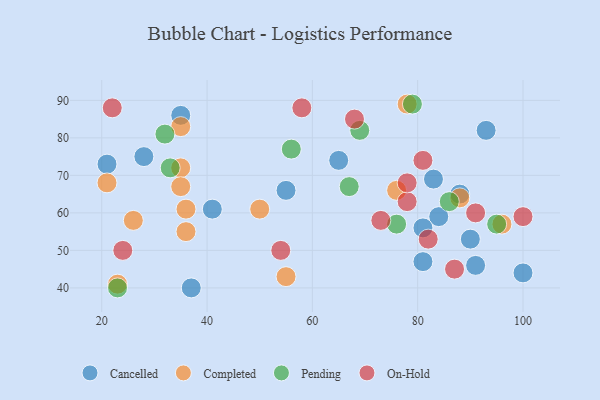
{"axis": {"x": "GDP", "y": "Life Expectancy"}, "legend": ["Cancelled", "Completed", "On-Hold", "Pending"], "data": [{"x": "41", "y": 61, "type": "Cancelled"}, {"x": "100", "y": 44, "type": "Cancelled"}, {"x": "83", "y": 69, "type": "Cancelled"}, {"x": "37", "y": 40, "type": "Cancelled"}, {"x": "55", "y": 66, "type": "Cancelled"}, {"x": "35", "y": 86, "type": "Cancelled"}, {"x": "84", "y": 59, "type": "Cancelled"}, {"x": "93", "y": 82, "type": "Cancelled"}, {"x": "28", "y": 75, "type": "Cancelled"}, {"x": "88", "y": 65, "type": "Cancelled"}, {"x": "81", "y": 56, "type": "Cancelled"}, {"x": "90", "y": 53, "type": "Cancelled"}, {"x": "21", "y": 73, "type": "Cancelled"}, {"x": "91", "y": 46, "type": "Cancelled"}, {"x": "81", "y": 47, "type": "Cancelled"}, {"x": "65", "y": 74, "type": "Cancelled"}, {"x": "21", "y": 68, "type": "Completed"}, {"x": "76", "y": 66, "type": "Completed"}, {"x": "96", "y": 57, "type": "Completed"}, {"x": "55", "y": 43, "type": "Completed"}, {"x": "50", "y": 61, "type": "Completed"}, {"x": "35", "y": 72, "type": "Completed"}, {"x": "36", "y": 61, "type": "Completed"}, {"x": "36", "y": 55, "type": "Completed"}, {"x": "78", "y": 89, "type": "Completed"}, {"x": "35", "y": 67, "type": "Completed"}, {"x": "26", "y": 58, "type": "Completed"}, {"x": "88", "y": 64, "type": "Completed"}, {"x": "35", "y": 83, "type": "Completed"}, {"x": "23", "y": 41, "type": "Completed"}, {"x": "32", "y": 81, "type": "Pending"}, {"x": "79", "y": 89, "type": "Pending"}, {"x": "95", "y": 57, "type": "Pending"}, {"x": "67", "y": 67, "type": "Pending"}, {"x": "33", "y": 72, "type": "Pending"}, {"x": "76", "y": 57, "type": "Pending"}, {"x": "86", "y": 63, "type": "Pending"}, {"x": "69", "y": 82, "type": "Pending"}, {"x": "23", "y": 40, "type": "Pending"}, {"x": "56", "y": 77, "type": "Pending"}, {"x": "82", "y": 53, "type": "On-Hold"}, {"x": "73", "y": 58, "type": "On-Hold"}, {"x": "81", "y": 74, "type": "On-Hold"}, {"x": "78", "y": 63, "type": "On-Hold"}, {"x": "100", "y": 59, "type": "On-Hold"}, {"x": "78", "y": 68, "type": "On-Hold"}, {"x": "91", "y": 60, "type": "On-Hold"}, {"x": "58", "y": 88, "type": "On-Hold"}, {"x": "54", "y": 50, "type": "On-Hold"}, {"x": "87", "y": 45, "type": "On-Hold"}, {"x": "68", "y": 85, "type": "On-Hold"}, {"x": "24", "y": 50, "type": "On-Hold"}, {"x": "22", "y": 88, "type": "On-Hold"}]}